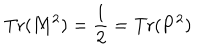
LaTeX: \mathrm { T r } ( { \bf M } ^ { 2 } ) = { \frac { 1 } { 2 } } = \mathrm { T r } ( { \bf P } ^ { 2 } ) \,